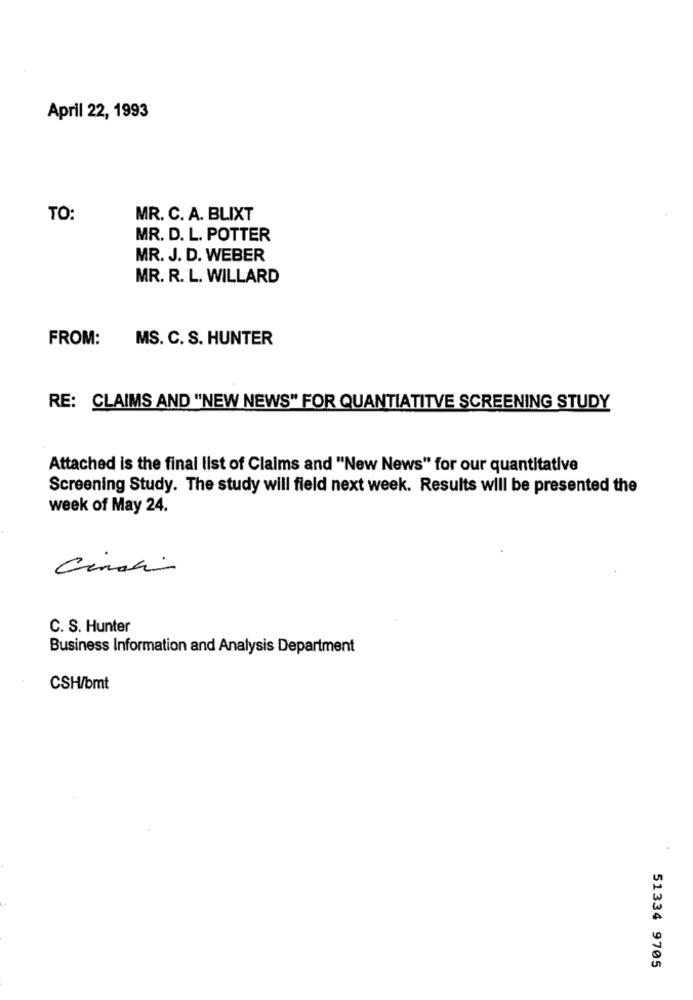
April 22, 1993
TO:
MR. C. A. BLIXT
MR. D. L. POTTER
MR. J. D. WEBER
MR. R. L. WILLARD
FROM:
MS. C. S. HUNTER
RE: CLAIMS AND "NEW NEWS" FOR QUANTIATITVE SCREENING STUDY
Attached is the final list of Claims and "New News" for our quantitative
Screening Study. The study will field next week. Results will be presented the
week of May 24.
C. S. Hunter
Business Information and Analysis Department
CSH/bmt
51334 9705